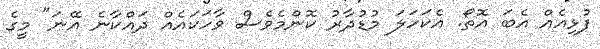
ފުޅިއެއް އެބަ އޮތޯ. އެކަހަލަ މުޑުދާރު ކޮންމެވެސް ވާހަކައެއް ދައްކާނެ އޭނަ" މީގެ